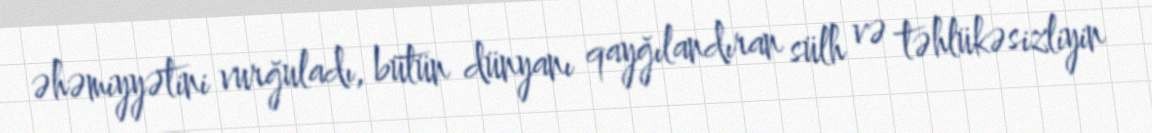
əhəmiyyətini vurğuladı, bütün dünyanı qayğılandıran sülh və təhlükəsizliyin